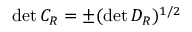
\operatorname * { d e t } { C _ { R } } = \pm ( \operatorname * { d e t } { D _ { R } } ) ^ { 1 / 2 }